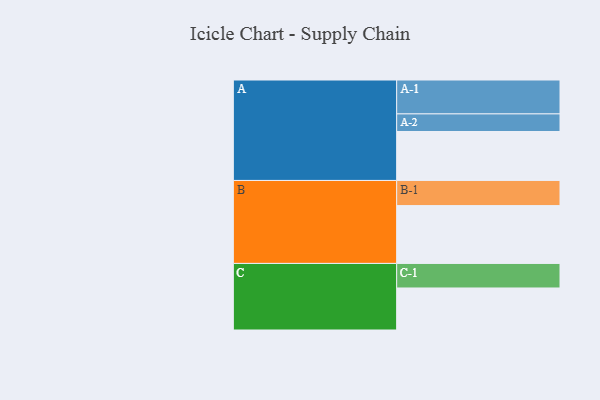
{"axis": {"x": "Segment", "y": "Value"}, "legend": ["", "A", "B", "C"], "data": [{"x": "A", "y": 403, "type": ""}, {"x": "B", "y": 476, "type": ""}, {"x": "C", "y": 346, "type": ""}, {"x": "A-1", "y": 279, "type": "A"}, {"x": "A-2", "y": 145, "type": "A"}, {"x": "B-1", "y": 207, "type": "B"}, {"x": "C-1", "y": 202, "type": "C"}]}